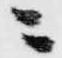
ニ